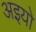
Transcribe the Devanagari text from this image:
अइयो